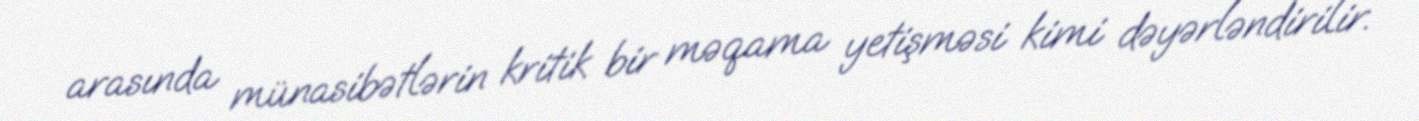
arasında münasibətlərin kritik bir məqama yetişməsi kimi dəyərləndirilir.